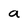
Character: a